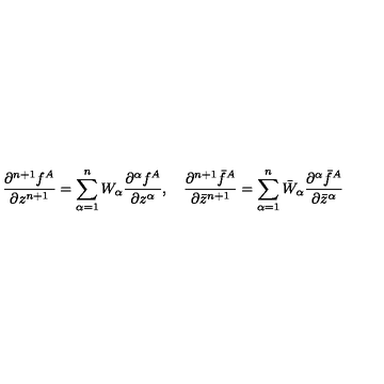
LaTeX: \frac { \partial ^ { n + 1 } f ^ { A } } { \partial z ^ { n + 1 } } = \sum _ { \alpha = 1 } ^ { n } W _ { \alpha } \frac { \partial ^ { \alpha } f ^ { A } } { \partial z ^ { \alpha } } , \quad \frac { \partial ^ { n + 1 } \bar { f } ^ { A } } { \partial \bar { z } ^ { n + 1 } } = \sum _ { \alpha = 1 } ^ { n } \bar { W } _ { \alpha } \frac { \partial ^ { \alpha } \bar { f } ^ { A } } { \partial \bar { z } ^ { \alpha } }